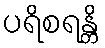
ပရိစရန္တိ